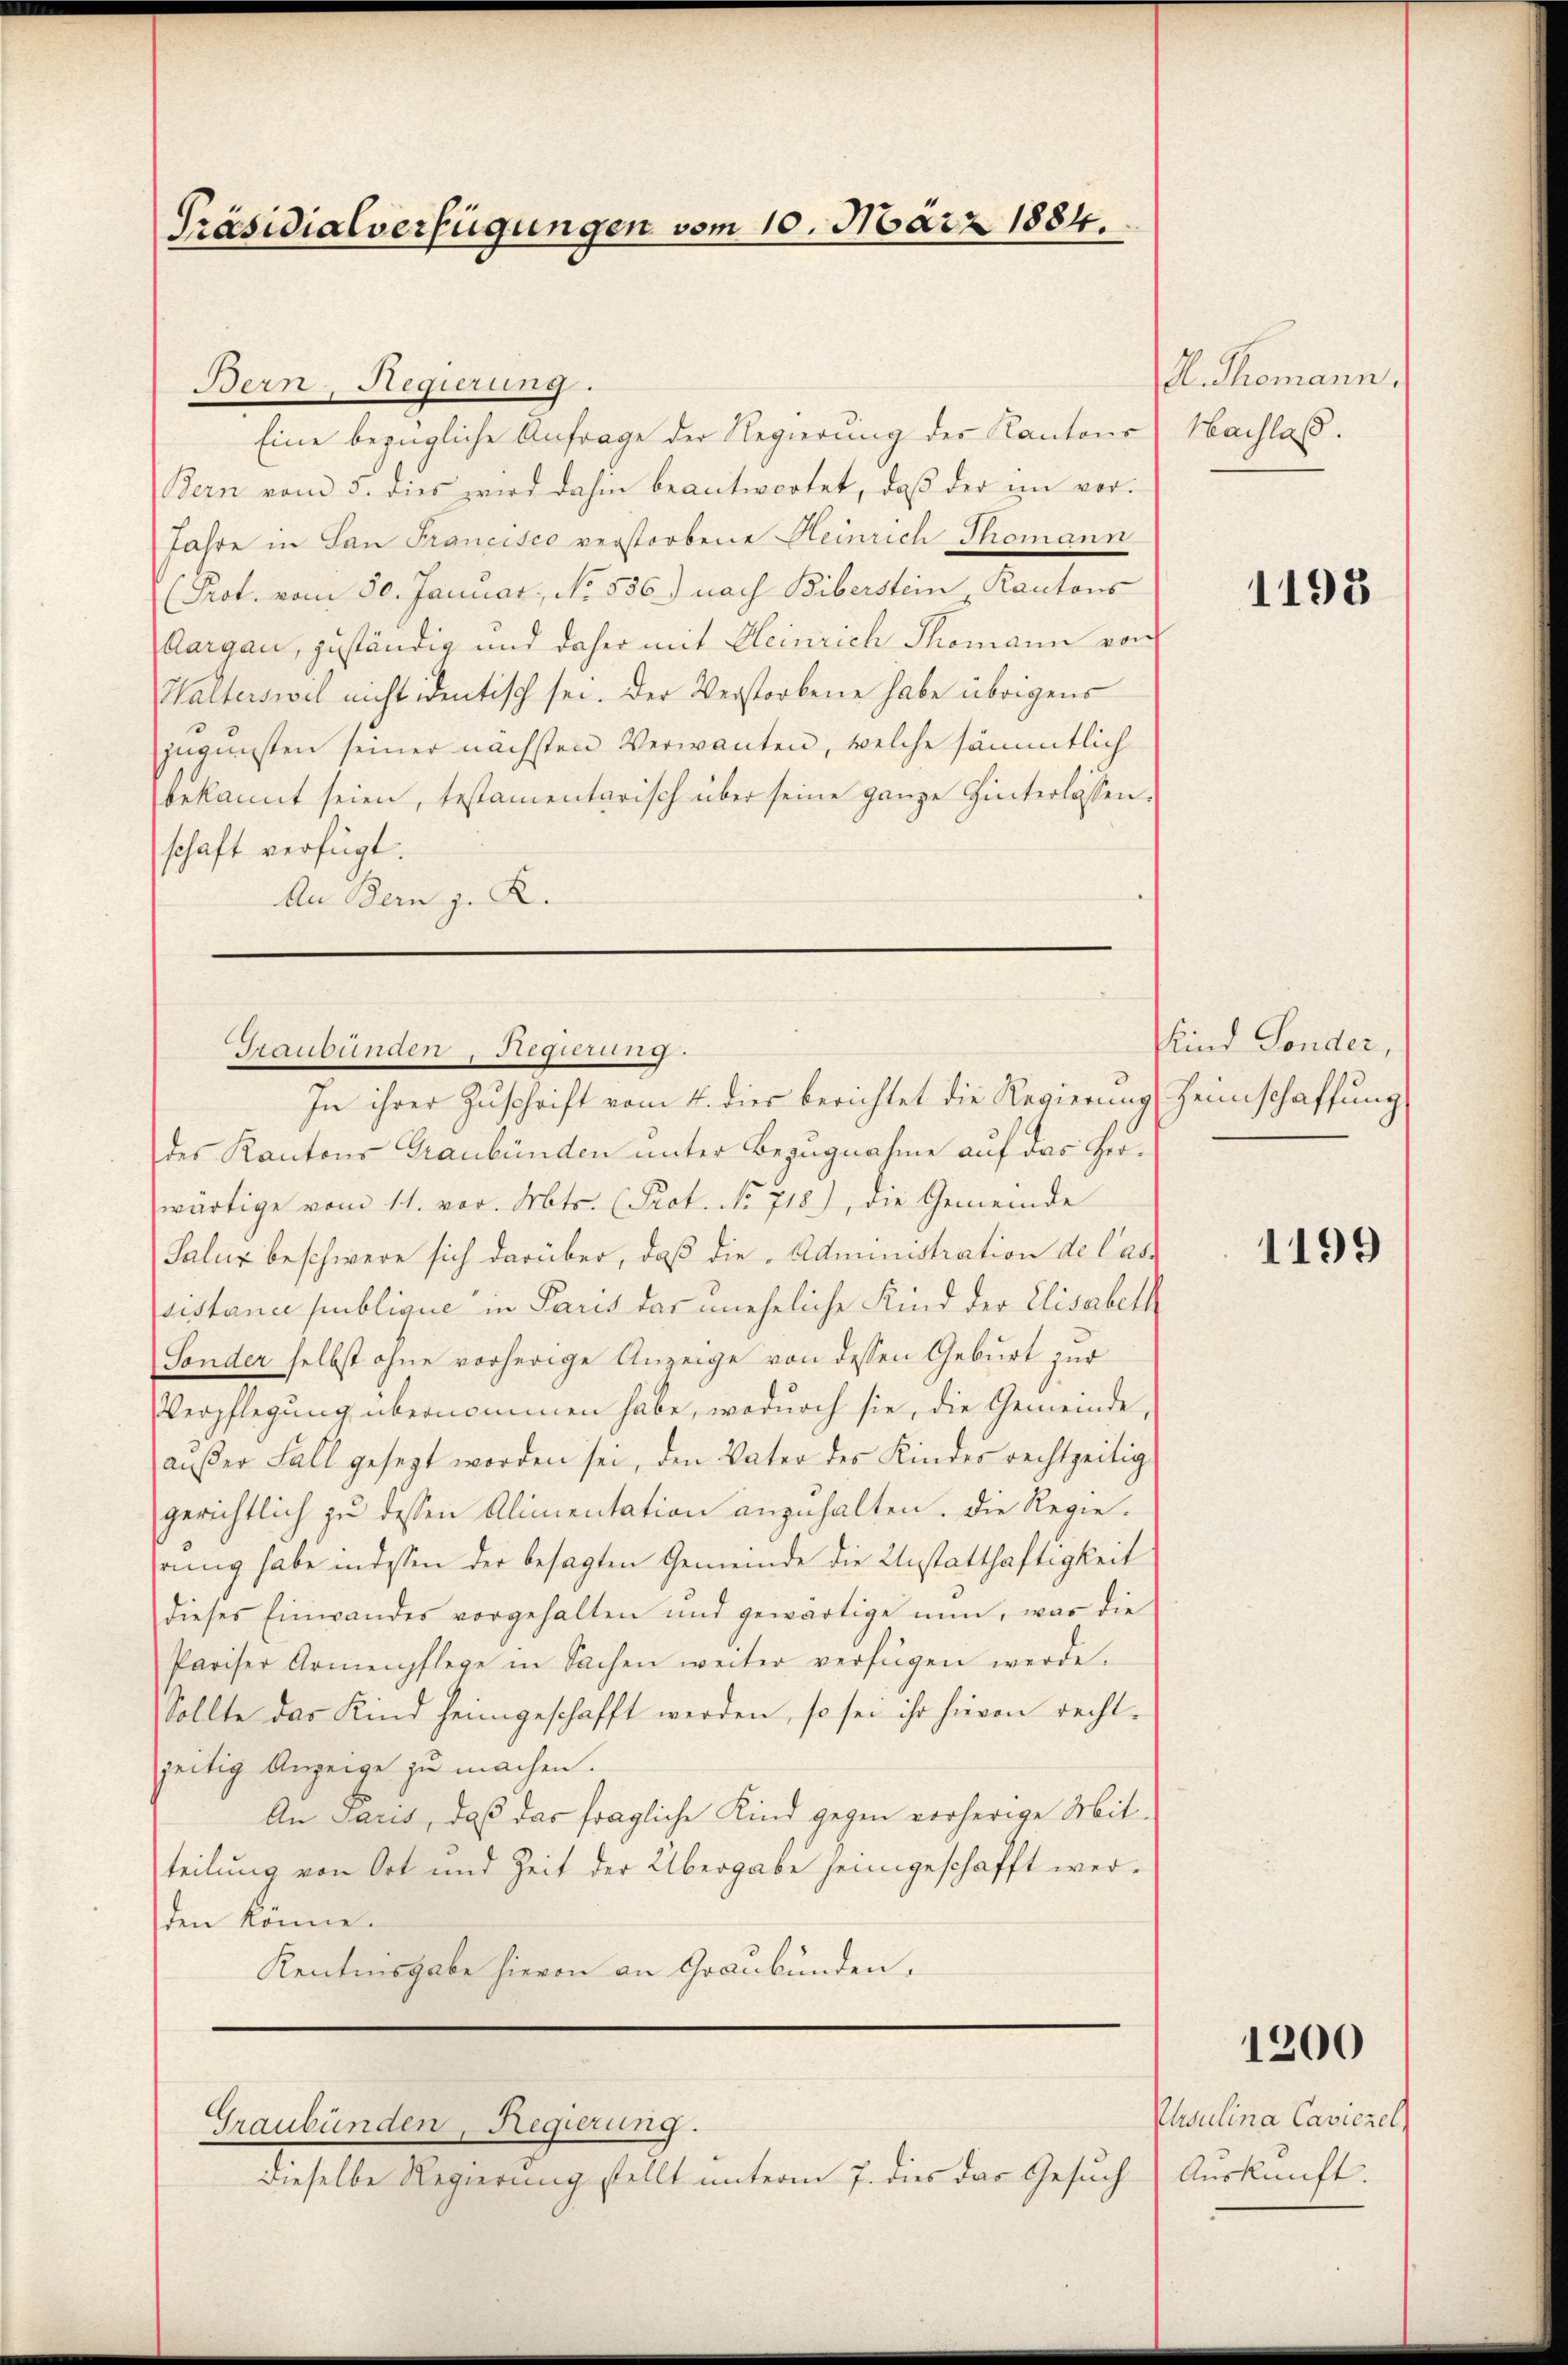
Präsidialverfügungen vom 10. März 1884.

Bern, Regierung.
Eine bezügliche Anfrage der Regierung des Kantons
Bern vom 5. dies wird dahin beantwortet, daβ der im vor-
Jahre in San Francisco verstorbene Heinrich Thomann
(Prot. vom 30. Januar, No. 536.) nach Biberstein Kantons
Aargau, zuständig und daher mit Heinrich Thomann von
Halterswil nicht identisch sei. Der Verstorbene habe übrigens
jugunsten seiner nächsten Verwanten, welche sämmtlich
bekannt seien, testamentarisch über seine ganze Hinterlassen.
schaft verfügt.
An Bern z. R.

Graubünden, Regierung.
In ihrer Zuschrift vom 4. dies berichtet die Regierung Heimschaffung

des Kantons Graubünden unter Bezugnahme auf das Herwärtige vom 11. vor. Mts. (Prot. No 718), die Gemeinde
Salur beschwere sich darüber, daß die Administration de las
sistance publique in Paris das uneheliche Kind der Elisabeth
Sonder selbst ohne vorherige Anzeige von dessen Geburt zur
Verpflegung übernommen habe, wodurch sie, die Gemeinde,
außer Fall gesezt worden sei, den Vater des Kinder rechtzeitig
gerichtlich zu dessen Alimentation anzuhalten. Die Regierung habe in dessen der besagten Gemeinde die Unstatthaftigkeit
dieses Einwandes vorgehalten und gewärtige nun, was die
Pariser Armenpflege in Sachen weiter verfügen werde.
Sollte das Kind heimgeschafft werden, so sei ihr hievon rechtzeitig Anzeige zu machen.
An Paris, daß das fragliche Kind gegen vorherige Mit-
teilung von Ort und Zeit der Übergabe jeingeschafft werden könne.
Kenntnisgabe hievon an Graubünden.

Graubünden, Regierung.

dieselbe Regierung stellt unterm 7. dies das Gesuch) Auskunft

A. Thomann.
Nachlaß.

1195

Kind Sonder,

1199

1200

Ploulina Caviciel